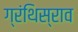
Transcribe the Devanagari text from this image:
ग्रंथिस्राव